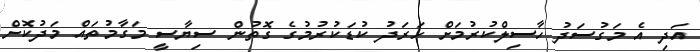
އަދި އެ މަގުސަދު ހާސިލްކުރުމަށް ހަރަދު ކުޑަކުރުމުގެ ގޮތުން ސިޔާސީ މަގާމުތައް މަދުކޮށް